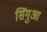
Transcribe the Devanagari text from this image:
सिंगुआ